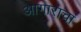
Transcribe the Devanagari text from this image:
आगाराचा